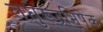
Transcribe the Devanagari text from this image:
लघुरूद्रभिषेक